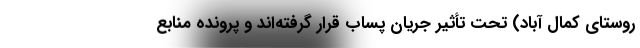
روستای کمال آباد) تحت تأثیر جریان پساب قرار گرفته‌اند و پرونده منابع